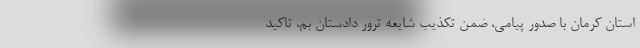
استان کرمان با صدور پیامی، ضمن تکذیب شایعه ترور دادستان بم، تاکید